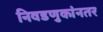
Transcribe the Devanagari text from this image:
निवडणुकांनतर